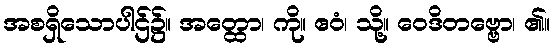
အစရှိသောပါဌ်၌။ အတ္ထော၊ ကို။ ဧဝံ၊ သို့။ ဝေဒိတဗ္ဗော၊ ၏။